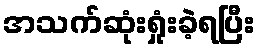
အသက်ဆုံးရှုံးခဲ့ရပြီး